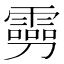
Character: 𠠢